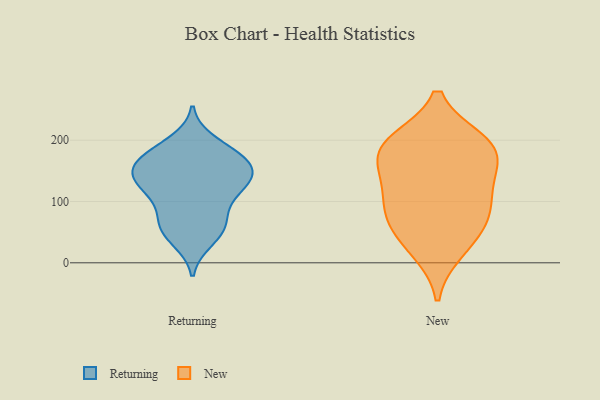
{"axis": {"x": "Population (Million)", "y": "Value"}, "legend": ["New", "Returning"], "data": [{"x": "", "y": 37, "type": "Returning"}, {"x": "", "y": 157, "type": "Returning"}, {"x": "", "y": 68, "type": "Returning"}, {"x": "", "y": 103, "type": "Returning"}, {"x": "", "y": 146, "type": "Returning"}, {"x": "", "y": 119, "type": "Returning"}, {"x": "", "y": 178, "type": "Returning"}, {"x": "", "y": 141, "type": "Returning"}, {"x": "", "y": 55, "type": "Returning"}, {"x": "", "y": 164, "type": "Returning"}, {"x": "", "y": 169, "type": "Returning"}, {"x": "", "y": 126, "type": "Returning"}, {"x": "", "y": 50, "type": "Returning"}, {"x": "", "y": 178, "type": "Returning"}, {"x": "", "y": 127, "type": "Returning"}, {"x": "", "y": 75, "type": "Returning"}, {"x": "", "y": 139, "type": "Returning"}, {"x": "", "y": 197, "type": "Returning"}, {"x": "", "y": 187, "type": "New"}, {"x": "", "y": 39, "type": "New"}, {"x": "", "y": 127, "type": "New"}, {"x": "", "y": 198, "type": "New"}, {"x": "", "y": 85, "type": "New"}, {"x": "", "y": 162, "type": "New"}, {"x": "", "y": 20, "type": "New"}, {"x": "", "y": 185, "type": "New"}, {"x": "", "y": 75, "type": "New"}, {"x": "", "y": 197, "type": "New"}, {"x": "", "y": 81, "type": "New"}, {"x": "", "y": 131, "type": "New"}]}